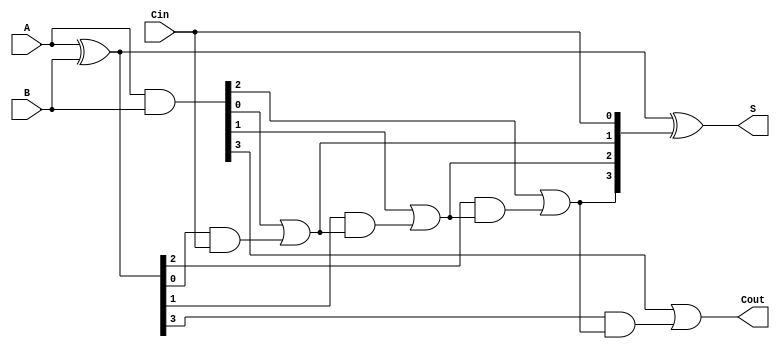
module han_carlson_adder #(
    parameter N = 4 // Parameter for bit-width (can be changed as needed)
)(
    input  [N-1:0] A,      // First n-bit input
    input  [N-1:0] B,      // Second n-bit input
    input         Cin,      // Carry-in
    output [N-1:0] S,      // n-bit sum output
    output        Cout      // Carry-out
);

    // Generate and Propagate signals
    wire [N-1:0] G; // Generate signals
    wire [N-1:0] P; // Propagate signals
    wire [N:0] C;   // Carry signals

    // Carry Generation Logic
    assign G = A & B;              // Generate: G[i] = A[i] AND B[i]
    assign P = A ^ B;              // Propagate: P[i] = A[i] XOR B[i]

    // Carry signals
    assign C[0] = Cin;             // C[0] = Cin
    genvar i;
    generate
        for (i = 1; i < N; i = i + 1) begin : carry_logic
            assign C[i] = G[i-1] | (P[i-1] & C[i-1]); // C[i] = G[i-1] OR (P[i-1] AND C[i-1])
        end
    endgenerate
    assign C[N] = G[N-1] | (P[N-1] & C[N-1]); // Cout = G[n-1] OR (P[n-1] AND C[n-1])

    // Sum Generation Logic
    assign S = P ^ C[N-1:0]; // S[i] = P[i] XOR C[i]

    // Final Carry-Out
    assign Cout = C[N]; // Cout = C[n]

endmodule